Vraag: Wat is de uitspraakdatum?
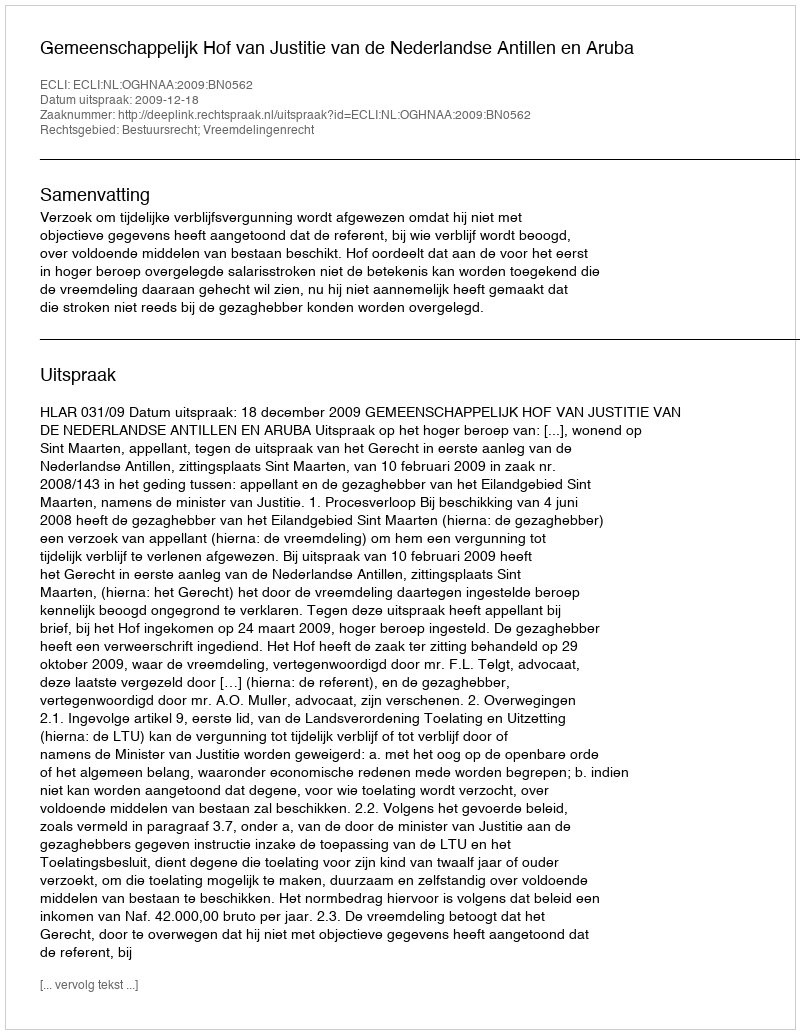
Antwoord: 2009-12-18